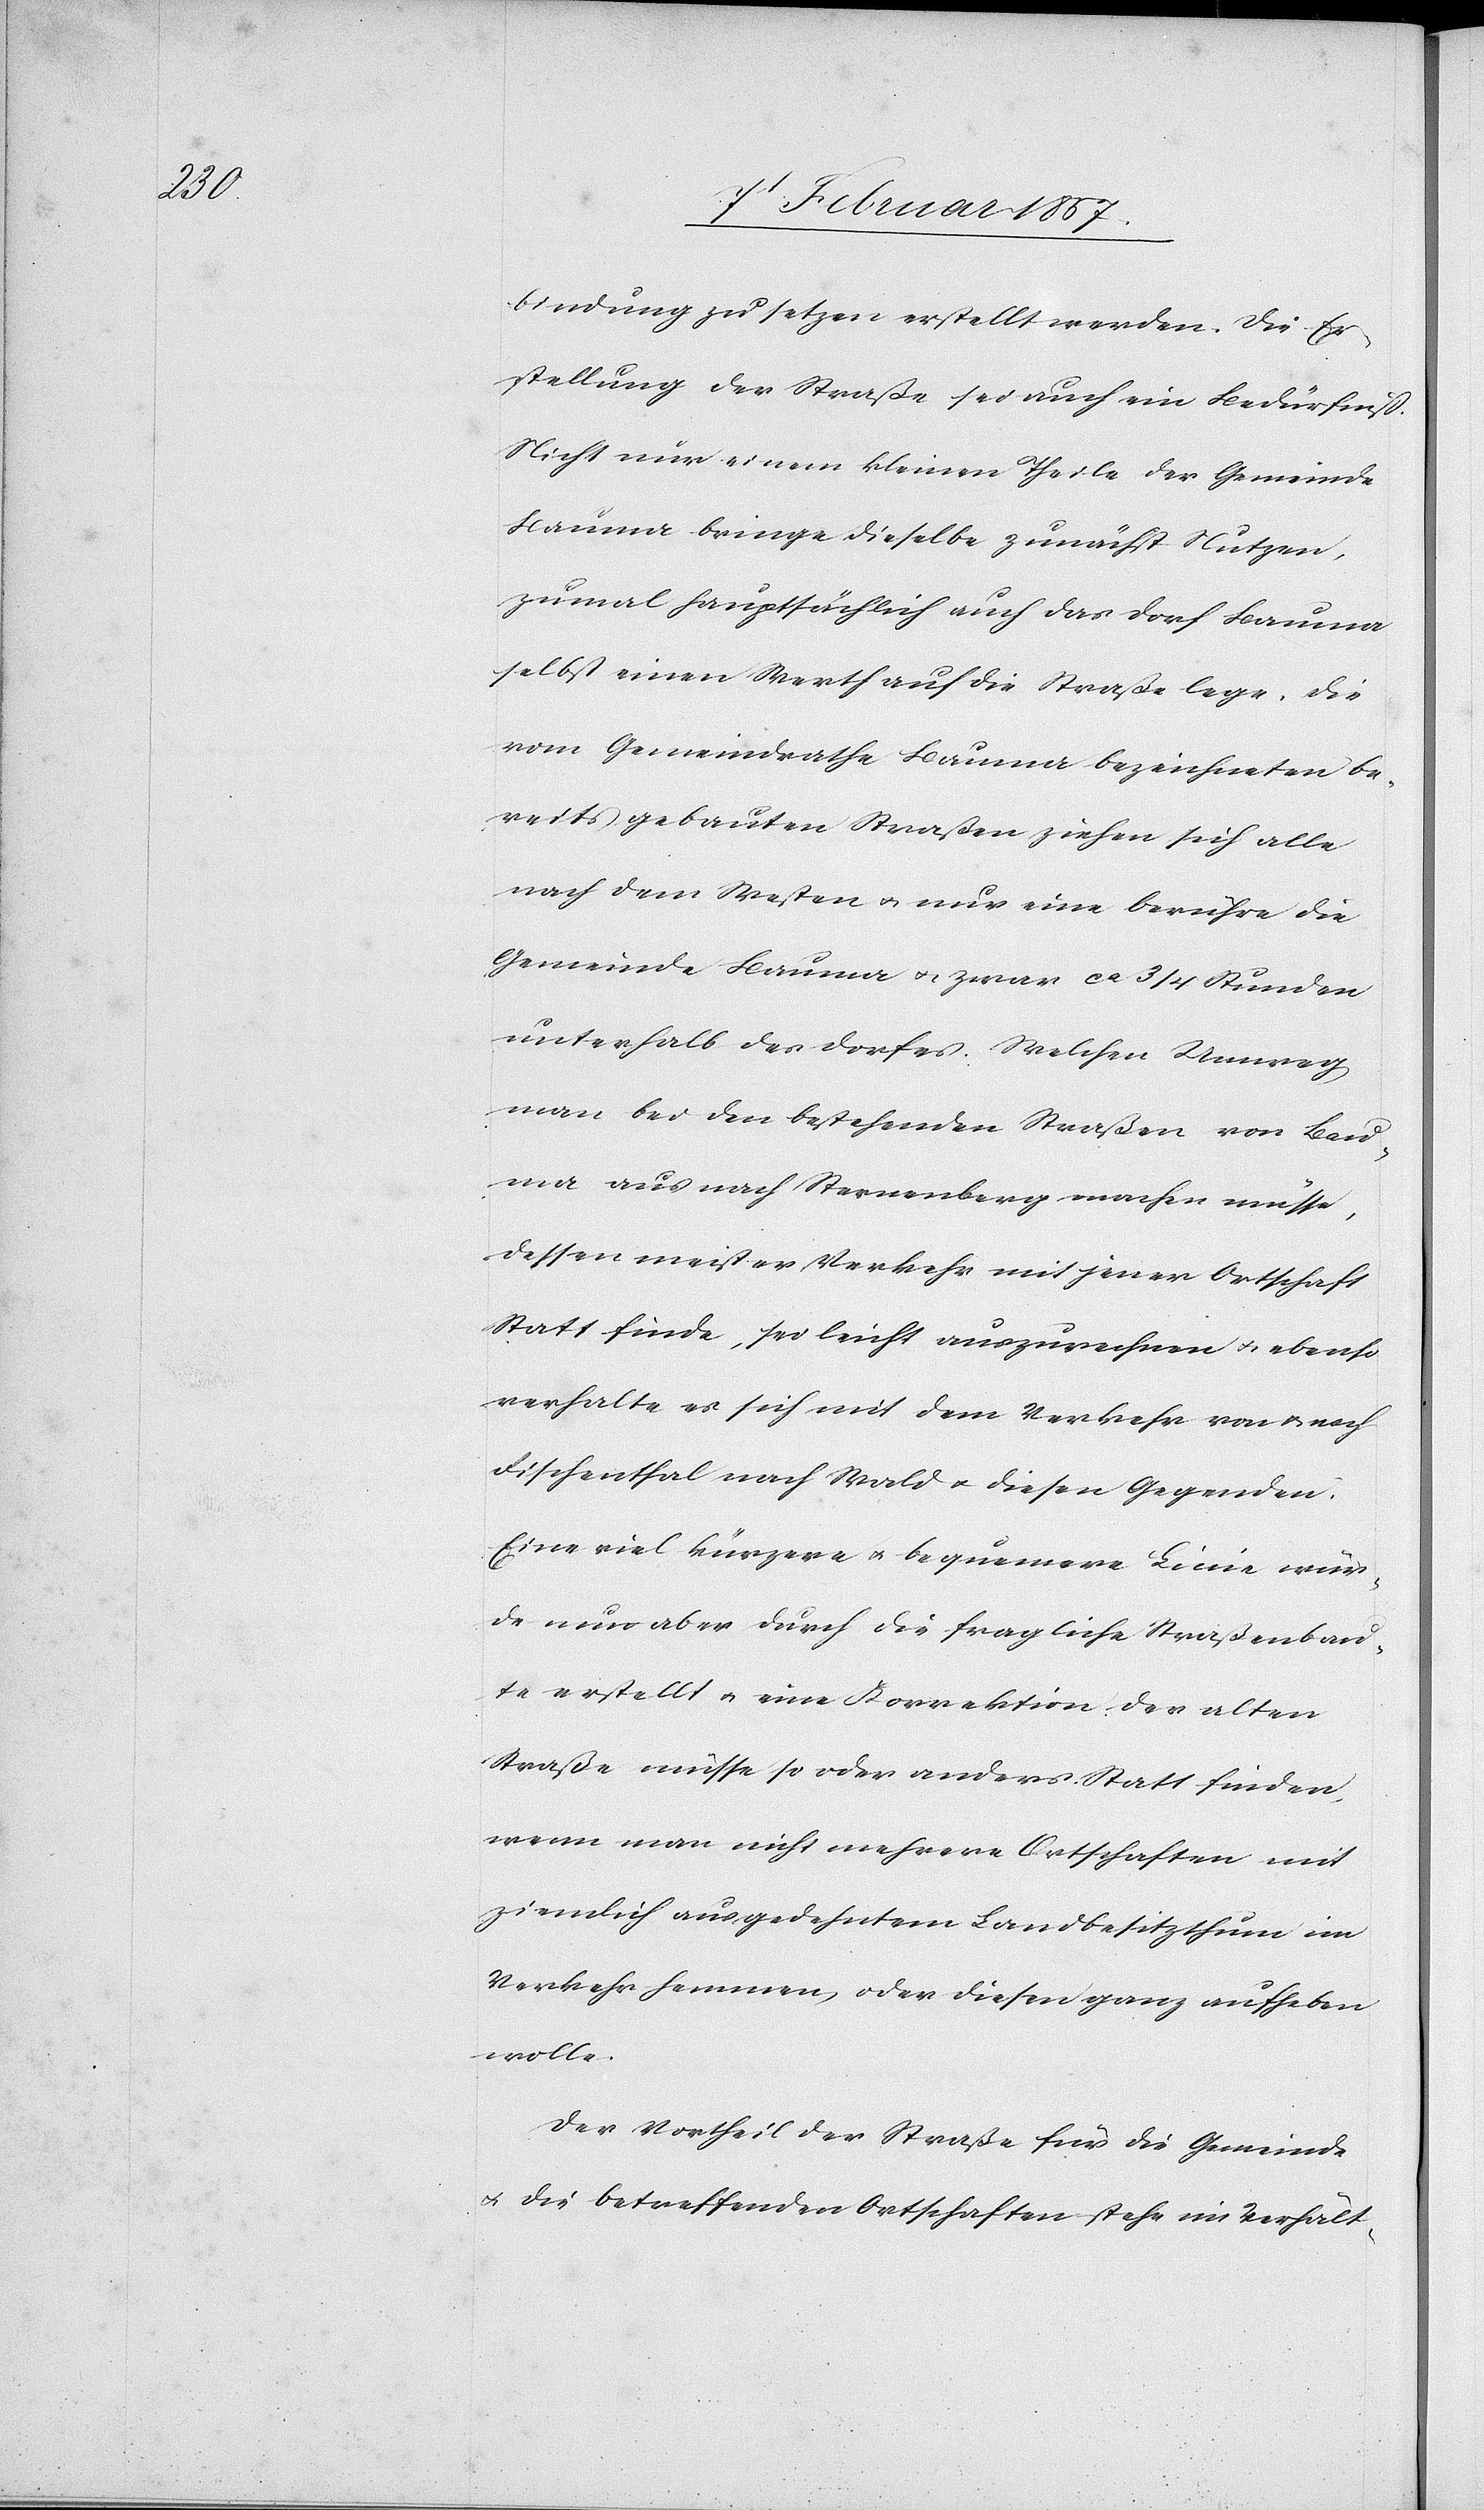
bindung zu setzen erstellt werden. Die Er¬
stellung der Straße sei auch ein Bedürfniß.
Nicht nur einem kleinen Theile der Gemeinde
Bauma bringe dieselbe zunächst Nutzen,
zumal hauptsächlich auch das Dorf Bauma
selbst einen Werth auf die Straße lege. Die
vom Gemeindrathe Bauma bezeichneten be¬
reits gebauten Straßen ziehen sich alle
nach dem Westen u. nur eine berühre die
Gemeinde Bauma u. zwar ca 3/4 Stunden
unterhalb des Dorfes. Welchen Umweg
man bei den bestehenden Straßen von Bau¬
ma aus nach Sternenberg machen müsse,
dessen meister Verkehr mit jener Ortschaft
Statt finde, sei leicht auszurechnen u. ebenso
verhalte es sich mit dem Verkehr von u. nach
Fischenthal nach Wald u. diesen Gegenden.
Eine viel kürzere u. bequemere Linie wür¬
de nun aber durch die fragliche Straßenbau¬
te erstellt u. eine Korrektion der alten
Straße müsse so oder anders Statt finden,
wenn man nicht mehrere Ortschaften mit
ziemlich ausgedehntem Landbesitzthum im
Verkehr hemmen oder diesen ganz aufheben
wolle.
Der Vortheil der Straße für die Gemeinde
u. die betreffenden Ortschaften stehe im Verhält-